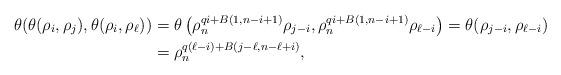
LaTeX: \begin{align*} \theta(\theta(\rho_{i}, \rho_{j}), \theta(\rho_{i}, \rho_{\ell}))&=\theta\left(\rho_n^{qi+B(1,n-i+1)} \rho_{{j-i}},\rho_n^{qi+B(1,n-i+1)} \rho_{\ell-i}\right)=\theta(\rho_{j-i}, \rho_{{\ell-i}})\\&=\rho_n^{q(\ell-i)+B(j-\ell, n-\ell+i)}, \end{align*}